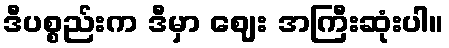
ဒီပစ္စည်းက ဒီမှာ ဈေး အကြီးဆုံးပါ။